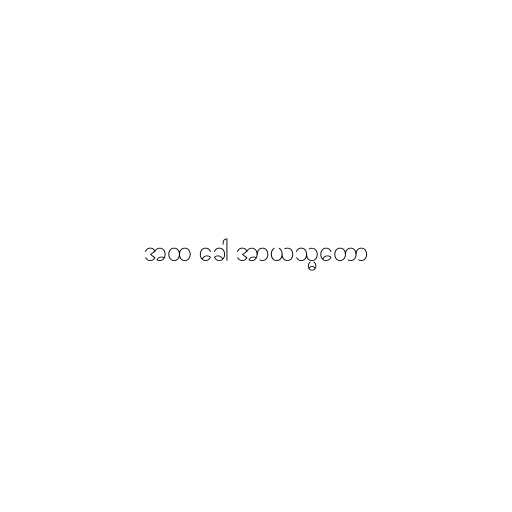
အထ ခေါ အာယသ္မတော